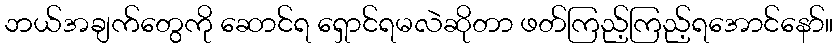
ဘယ်အချက်တွေကို ဆောင်ရ ရှောင်ရမလဲဆိုတာ ဖတ်ကြည့်ကြည့်ရအောင်နော်။